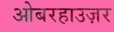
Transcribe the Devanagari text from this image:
ओबरहाउज़र